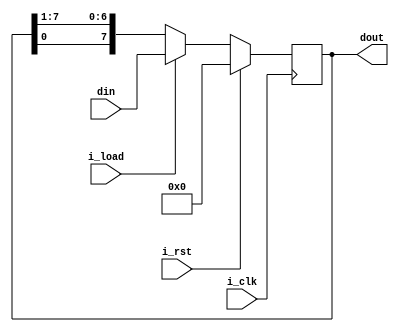
module cyclenot_right_register8
    #(parameter MSB = 8)(
    input [MSB - 1 : 0] din,
    input i_rst,
    input i_load,
    input i_clk,
    output  [MSB - 1 : 0] dout
);

    reg [MSB - 1 : 0] dout_mid;

    always@(posedge i_clk) begin
        if(i_rst) begin
            dout_mid <= 'd0;
        end
        else if(i_load) begin
            dout_mid <= din;
        end
        else begin
            dout_mid <= {dout_mid[0], dout_mid[MSB - 1 : 1]};
        end
        end
    assign dout = dout_mid;


endmodule